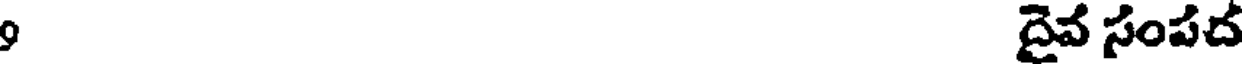
9 దైవ సంపద